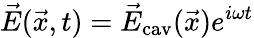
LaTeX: \vec{E}(\vec{x},t)=\vec{E}_{\mathrm{cav}}(\vec{x})e^{i\omega t}